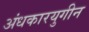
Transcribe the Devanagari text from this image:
अंधकारयुगीन